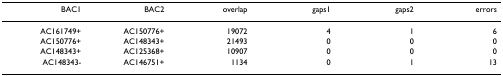
| BAC1 | BAC2 | overlap | gaps1 | gaps2 | errors |
 | --- | --- | --- | --- | --- | --- |
 | AC161749+ | AC150776+ | 19072 | 4 | 1 | 6 |
 | AC150776+ | AC148343+ | 21493 | 0 | 0 | 0 |
 | AC148343+ | AC125368+ | 10907 | 0 | 0 | 0 |
 | AC148343- | AC146751+ | 1134 | 0 | 1 | 13 |